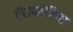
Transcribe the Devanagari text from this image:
पॅराप्लेजिया